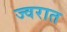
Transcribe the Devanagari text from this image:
ज्वरात